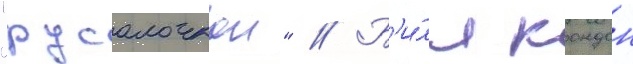
"русалочкои" // Б'и́лл кондон